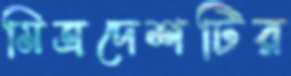
মিত্রদেশটির